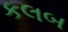
કલબ